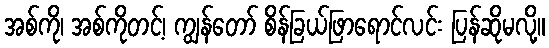
အစ်ကို၊ အစ်ကိုတင့်၊ ကျွန်တော် စိန်ခြယ်ဖြာရောင်လင်း ပြန်ဆိုမလို့။